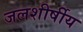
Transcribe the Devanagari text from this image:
जलशीर्षीय